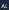
al